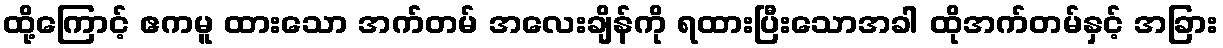
ထို့ကြောင့် ဧကမူ ထားသော အက်တမ် အလေးချိန်ကို ရထားပြီးသောအခါ ထိုအက်တမ်နှင့် အခြား